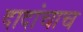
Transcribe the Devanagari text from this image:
दादांचाच